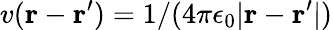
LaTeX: v(\mathbf{r}-\mathbf{r}^{\prime})=1/(4\pi\epsilon_{0}|\mathbf{r}-\mathbf{r}^{\prime}|)